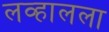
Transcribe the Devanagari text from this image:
लव्हालला